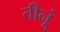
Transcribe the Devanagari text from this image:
तीनूं